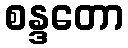
စန္ဒတော